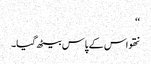
‘‘
نتھو اس کے پاس بیٹھ گیا۔